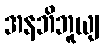
အနဘိဘူယျ